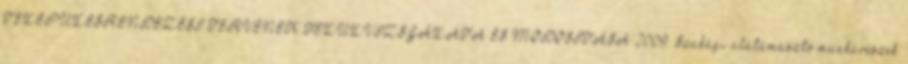
TELEPÜLÉSRENDEZÉSI TERVÉNEK FELÜLVIZSGÁLATA ÉS MÓDOSÍTÁSA 2009. Szakági alátámasztó munkarészek